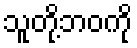
သူတို့ဘဝကို